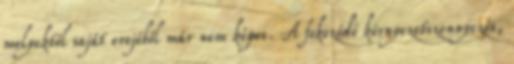
melyektől saját erejéből már nem képes. A fokozódó környezetszennyezés,